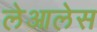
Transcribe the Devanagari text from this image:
लेआलेस